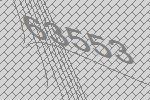
63553